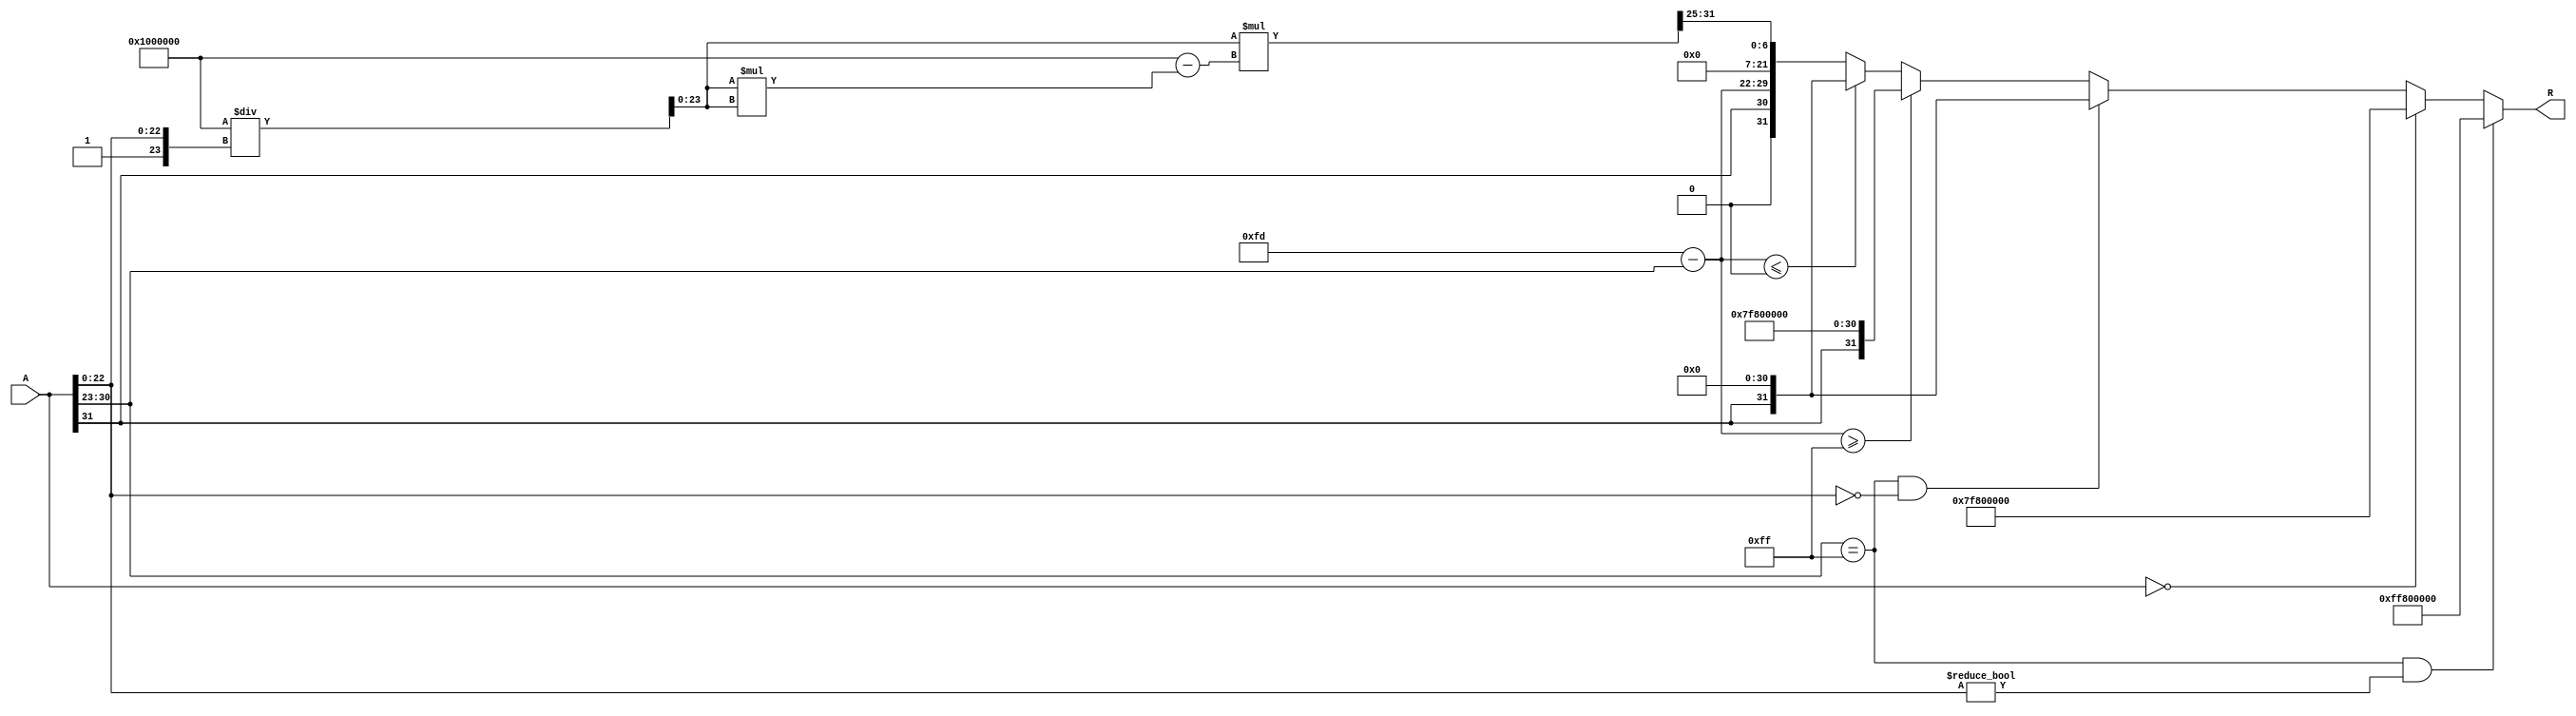
module floating_point_reciprocal (
    input wire [31:0] A,      // Input: 32-bit IEEE 754 floating-point number
    output reg [31:0] R       // Output: 32-bit IEEE 754 floating-point reciprocal
);

    // Constants
    localparam BIAS = 127;
    localparam EXPONENT_BITS = 8;
    localparam MANTISSA_BITS = 23;
    localparam EXPONENT_MAX = 255;

    // Internal signals
    wire sign_A;
    wire [EXPONENT_BITS-1:0] exponent_A;
    wire [MANTISSA_BITS-1:0] mantissa_A;
    reg sign_R;
    reg [EXPONENT_BITS-1:0] exponent_R;
    reg [MANTISSA_BITS:0] mantissa_R; // Extra bit for rounding

    // Extract sign, exponent, and mantissa from input A
    assign sign_A = A[31];
    assign exponent_A = A[30:23];
    assign mantissa_A = A[22:0];

    // Handle special cases
    always @(*) begin
        // Default output
        R = 32'b0;

        // Case 1: Input is NaN (Not a Number)
        if (exponent_A == EXPONENT_MAX && mantissa_A != 0) begin
            R = {1'b1, {EXPONENT_BITS{1'b1}}, {MANTISSA_BITS{1'b0}}}; // NaN output
        end
        // Case 2: Input is zero
        else if (A == 32'b0) begin
            R = {1'b0, {EXPONENT_BITS{1'b1}}, {MANTISSA_BITS{1'b0}}}; // Infinity output
        end
        // Case 3: Input is infinity
        else if (exponent_A == EXPONENT_MAX && mantissa_A == 0) begin
            R = {sign_A, 8'b0, 23'b0}; // Zero output
        end
        // Normal case
        else begin
            // Set the sign of the result
            sign_R = sign_A;

            // Calculate the exponent of the reciprocal
            exponent_R = (2 * BIAS) - 1 - exponent_A; // 2 * BIAS - exponent_A - 1

            // Calculate the mantissa of the reciprocal
            // Start with the normalized mantissa (1.mantissa_A)
            mantissa_R = {1'b1, mantissa_A}; // Implicit leading 1

            // Newton-Raphson method for reciprocal
            // Initial guess: 1/mantissa_R
            mantissa_R = (mantissa_R == 0) ? 0 : (1 << (MANTISSA_BITS + 1)) / mantissa_R; // 1.0 in fixed point

            // First iteration
            mantissa_R = mantissa_R * (2**(MANTISSA_BITS + 1) - mantissa_R * mantissa_R) >> (MANTISSA_BITS + 1);

            // Rounding
            if (mantissa_R[MANTISSA_BITS]) begin
                mantissa_R = mantissa_R >> 1; // Shift right if overflow
                exponent_R = exponent_R + 1; // Increment exponent
            end

            // Check for exponent overflow/underflow
            if (exponent_R >= EXPONENT_MAX) begin
                R = {sign_R, {EXPONENT_BITS{1'b1}}, {MANTISSA_BITS{1'b0}}}; // Infinity
            end else if (exponent_R <= 0) begin
                R = {sign_R, 8'b0, 23'b0}; // Zero
            end else begin
                // Construct the final output
                R = {sign_R, exponent_R[EXPONENT_BITS-1:0], mantissa_R[MANTISSA_BITS-1:1]}; // Drop the extra bit
            end
        end
    end
endmodule